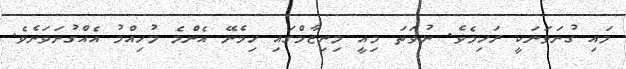
މައި ގުނަވަނަކީ ރަހިމެވެ. ނުވަތަ މިއީ މިނިޒާމްގައި ހިމެނޭ އެންމެ މުހިއްމު އެއްގުނަވަނެވެ.